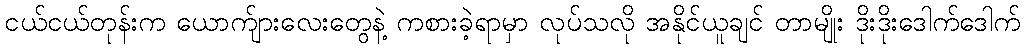
ငယ်ငယ်တုန်းက ယောက်ျားလေးတွေနဲ့ ကစားခဲ့ရာမှာ လုပ်သလို အနိုင်ယူချင် တာမျိုး ဒိုးဒိုးဒေါက်ဒေါက်